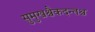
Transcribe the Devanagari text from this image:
सुमुखश्चैकदन्तश्च